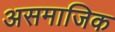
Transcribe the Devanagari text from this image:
असमाजिक